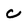
Character: C